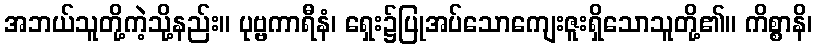
အဘယ်သူတို့ကဲ့သို့နည်း။ ပုဗ္ဗကာရီနံ၊ ရှေး၌ပြုအပ်သောကျေးဇူးရှိသောသူတို့၏။ ကိစ္စာနိ၊